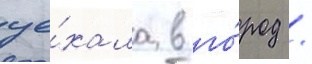
уе́хала в го́род /